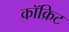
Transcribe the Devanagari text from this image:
कॉक्रिट